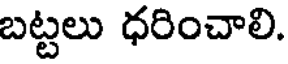
బట్టలు ధరించాలి.